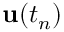
\mathbf { u } ( t _ { n } )